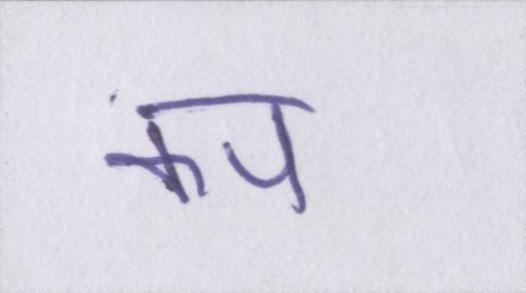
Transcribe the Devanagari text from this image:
कप